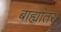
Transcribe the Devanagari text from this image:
बाह्यांतर